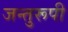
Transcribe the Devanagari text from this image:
जन्तुरूपी